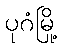
ပုဂံမြို့